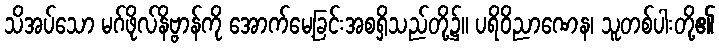
သိအပ်သော မဂ်ဖိုလ်နိဗ္ဗာန်ကို အောက်မေ့ခြင်းအစရှိသည်တို့၌။ ပရိဝိညာဏေန၊ သူတစ်ပါးတို့၏